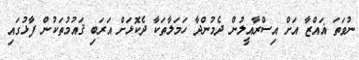
ނުވަތަ ޣައްޒާ އަށް އިސްރާއީލުން ދެމުންދާ ހަމަލާތަކާ ދެކޮޅަށް އަރަބި ޤައުމުތަކުން ފާޅުގައި